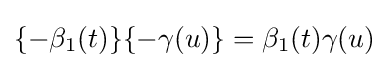
\{-\beta _{1}(t)\}\{-\gamma (u)\}=\beta _{1}(t)\gamma (u)